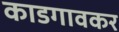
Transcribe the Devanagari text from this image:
काडगावकर